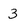
Character: 3